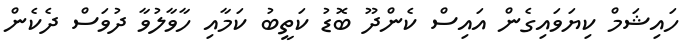
ހައިޝަމް ކިޔަވައިގެން އައިސް ކެންދޫ ބޮޑު ކަތީބު ކަމާއި ހާވާލުވާ ދުވަސް ދެކެން